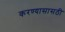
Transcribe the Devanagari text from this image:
करण्यासासठी